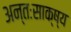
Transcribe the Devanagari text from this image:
अन्तःसाक्ष्य